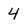
Character: 4